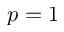
p = 1